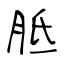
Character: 胝